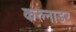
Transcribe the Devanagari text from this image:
करुनाडर